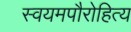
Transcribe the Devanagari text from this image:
स्वयमपौरोहित्य